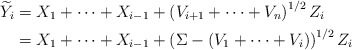
\begin{align*} \widetilde Y_i &= X_1+\dots +X_{i-1} + \left(V_{i+1} + \dots + V_n\right)^{1/2} Z_i \\ &= X_1+\dots +X_{i-1} + \left(\Sigma - (V_1 +\dots +V_i)\right)^{1/2} Z_i\end{align*}